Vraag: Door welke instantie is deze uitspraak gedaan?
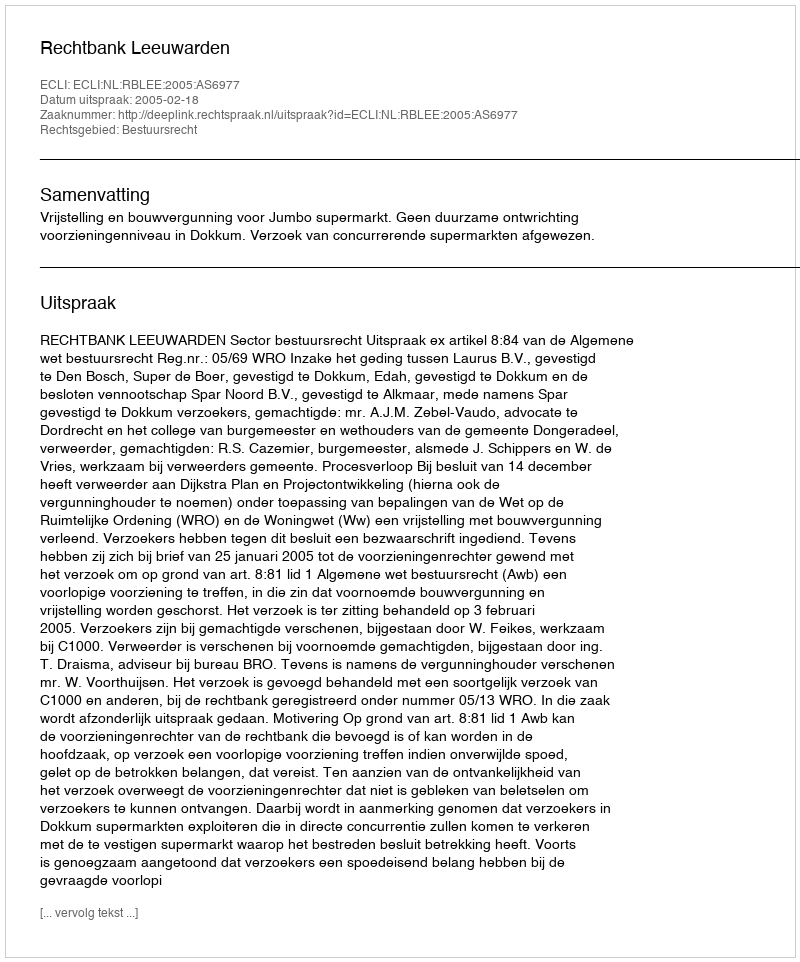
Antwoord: Rechtbank Leeuwarden